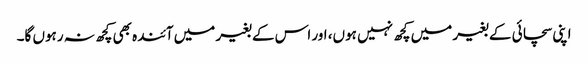
اپنی سچائی کے بغیر میں کچھ نہیں ہوں، اور اس کے بغیر میں آئندہ بھی کچھ نہ رہوں گا۔